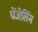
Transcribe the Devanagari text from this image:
चेंजेलिंग